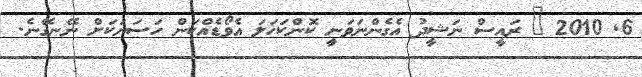
6